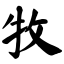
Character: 牧